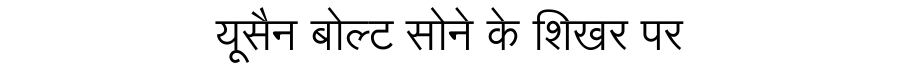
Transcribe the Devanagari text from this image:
यूसैन बोल्ट सोने के शिखर पर